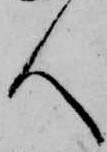
人